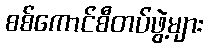
စစ်ကောင်စီတပ်ဖွဲ့များ